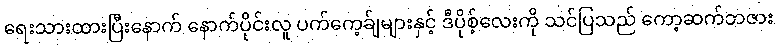
ရေးသားထားပြီးနောက် နောက်ပိုင်းလူ ပက်ကေ့ခ်ျများနှင့် ဒီပိုစ့်လေးကို သင်ပြသည် ကော့ဆက်ဘဇား